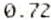
0.72